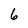
Character: 6